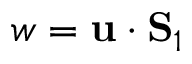
w = { \bf u } \cdot { \bf S } _ { 1 }